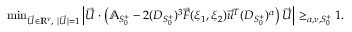
\begin{array} { r } { \operatorname* { m i n } _ { \vec { U } \in \mathbb { R } ^ { \nu } , \ | \vec { U } | = 1 } \left| \vec { U } \cdot \left( \mathbb { A } _ { S _ { 0 } ^ { + } } - 2 ( D _ { S _ { 0 } ^ { + } } ) ^ { 3 } \vec { F } ( \xi _ { 1 } , \xi _ { 2 } ) \vec { u } ^ { T } ( D _ { S _ { 0 } ^ { + } } ) ^ { \alpha } \right) \vec { U } \right| \ge _ { \alpha , \nu , S _ { 0 } ^ { + } } 1 . } \end{array}